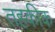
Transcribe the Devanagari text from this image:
तहकीक